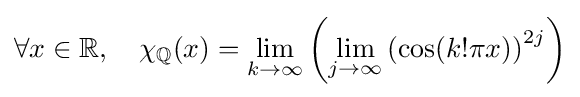
\forall x\in \mathbb {R} ,\quad \chi _{\mathbb {Q} }(x)=\lim _{k\to \infty }\left(\lim _{j\to \infty }\left(\cos(k!\pi x)\right)^{2j}\right)